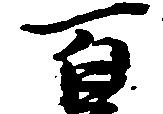
百